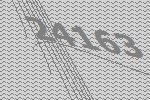
24163